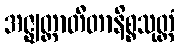
အဇ္ဈတ္တာတီတာနိစ္စသုတ္တံ